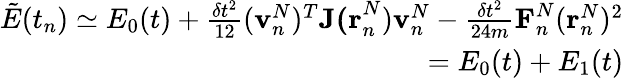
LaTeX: \begin{array}{r}{\tilde{E}(t_{n})\simeq E_{0}(t)+\frac{\delta t^{2}}{12}(\textbf{v}_{n}^{N})^{T}\textbf{J(r}_{n}^{N})\textbf{v}_{n}^{N}-\frac{\delta t^{2}}{24m}\textbf{F}_{n}^{N}(\textbf{r}_{n}^{N})^{2}}\\ {=E_{0}(t)+E_{1}(t)}\end{array}